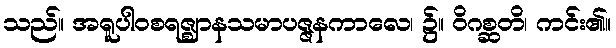
သည်။ အရူပါဝစရဇ္ဈာနသမာပဇ္ဇနကာလေ၊ ၌။ ဝိဂစ္ဆတိ၊ ကင်း၏။